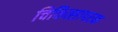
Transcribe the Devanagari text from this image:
चिकित्सापरक